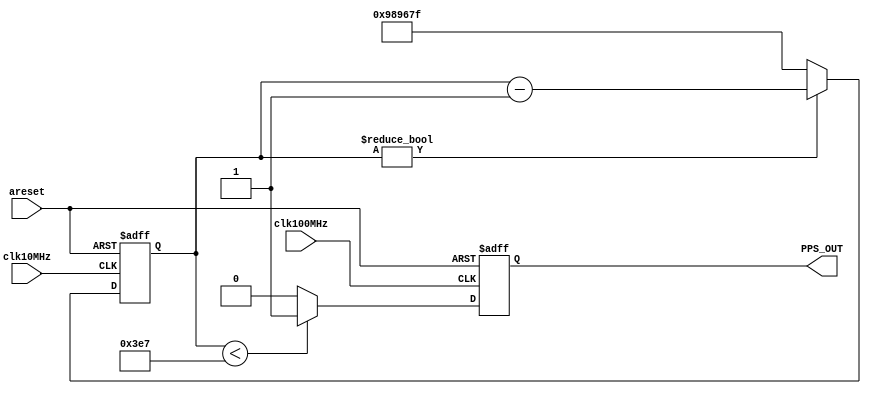
//
// Copyright 2016 Netnod Internet Exchange i Sverige AB
//
// Redistribution and use in source and binary forms, with or without
// modification, are permitted provided that the following conditions
// are met:
//
// 1. Redistributions of source code must retain the above copyright
//    notice, this list of conditions and the following disclaimer.
//
// 2. Redistributions in binary form must reproduce the above copyright
//    notice, this list of conditions and the following disclaimer in
//    the documentation and/or other materials provided with the
//    distribution.
//
// 3. Neither the name of the copyright holder nor the names of its
//    contributors may be used to endorse or promote products derived
//    from this software without specific prior written permission.
//
// THIS SOFTWARE IS PROVIDED BY THE COPYRIGHT HOLDERS AND CONTRIBUTORS
// "AS IS" AND ANY EXPRESS OR IMPLIED WARRANTIES, INCLUDING, BUT NOT
// LIMITED TO, THE IMPLIED WARRANTIES OF MERCHANTABILITY AND FITNESS
// FOR A PARTICULAR PURPOSE ARE DISCLAIMED. IN NO EVENT SHALL THE
// COPYRIGHT HOLDER OR CONTRIBUTORS BE LIABLE FOR ANY DIRECT, INDIRECT,
// INCIDENTAL, SPECIAL, EXEMPLARY, OR CONSEQUENTIAL DAMAGES (INCLUDING,
// BUT NOT LIMITED TO, PROCUREMENT OF SUBSTITUTE GOODS OR SERVICES;
// LOSS OF USE, DATA, OR PROFITS; OR BUSINESS INTERRUPTION) HOWEVER
// CAUSED AND ON ANY THEORY OF LIABILITY, WHETHER IN CONTRACT, STRICT
// LIABILITY, OR TORT (INCLUDING NEGLIGENCE OR OTHERWISE) ARISING IN
// ANY WAY OUT OF THE USE OF THIS SOFTWARE, EVEN IF ADVISED OF THE
// POSSIBILITY OF SUCH DAMAGE.
//
//
//
// Design Name: FPGA NTP Server
// Module Name: pps_gen
// Description: Generate PPS an 10MHz internally in FPGA. For testing purposes
// 
// 

`timescale 1ns / 1ps
`default_nettype none

module pps_gen(
    input  wire areset,
    input  wire clk10MHz,
    input  wire clk100MHz,
    output wire PPS_OUT
    );

  reg      outp_ff;

  reg [23:0] divider;

  always @(posedge clk10MHz, posedge areset) begin
    if (areset == 1'b1) begin
      divider <= 24'b0;
    end else begin
      if (divider != 24'b0) begin
        divider <= divider - 1;
      end else begin
        divider <= 9999999;
        //divider <= 999;
      end
    end
  end // always @ (posedge clk10MHz, posedge areset)
  
  always @(negedge clk100MHz, posedge areset) begin
    if (areset == 1'b1) begin
      outp_ff <= 1'b0;
    end else begin
      if (divider < 24'd999) begin
        outp_ff <= 1'b1;
      end else begin
        outp_ff <= 1'b0;
      end
    end
  end // always @ (negedge clk100MHz, posedge areset)
  
  assign PPS_OUT = outp_ff;
  
endmodule

`default_nettype wire